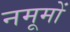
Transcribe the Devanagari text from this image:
नमूमों